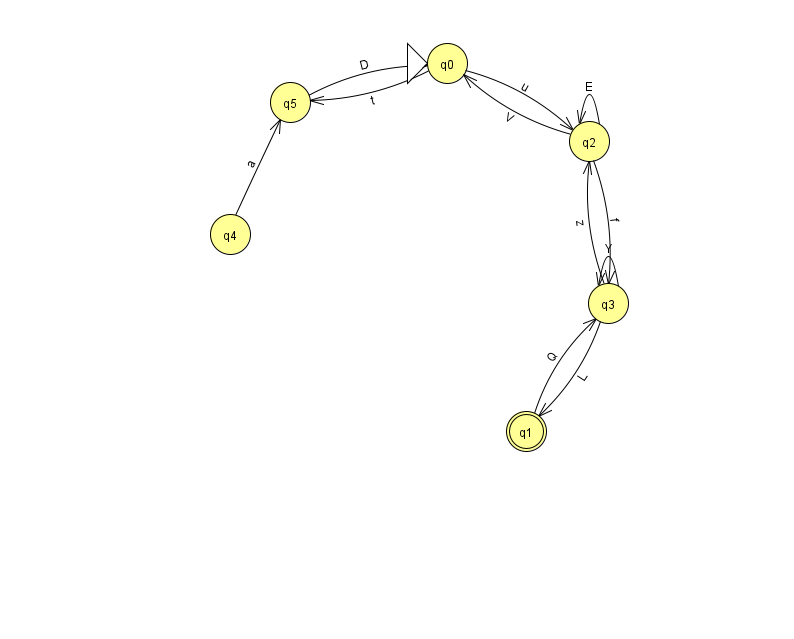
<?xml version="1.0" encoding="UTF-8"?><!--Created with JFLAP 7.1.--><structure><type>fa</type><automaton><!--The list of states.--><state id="0" name="q0"><x>447.0</x><y>50.0</y><initial/></state><state id="1" name="q1"><x>526.0</x><y>418.0</y><final/></state><state id="2" name="q2"><x>589.0</x><y>128.0</y></state><state id="3" name="q3"><x>608.0</x><y>290.0</y></state><state id="4" name="q4"><x>230.0</x><y>221.0</y></state><state id="5" name="q5"><x>290.0</x><y>89.0</y></state><!--The list of transitions.--><transition><from>3</from><to>1</to><read>L</read></transition><transition><from>2</from><to>2</to><read>E</read></transition><transition><from>2</from><to>3</to><read>f</read></transition><transition><from>3</from><to>3</to><read>Y</read></transition><transition><from>0</from><to>5</to><read>t</read></transition><transition><from>3</from><to>2</to><read>z</read></transition><transition><from>5</from><to>0</to><read>D</read></transition><transition><from>0</from><to>2</to><read>u</read></transition><transition><from>1</from><to>3</to><read>Q</read></transition><transition><from>2</from><to>0</to><read>V</read></transition><transition><from>4</from><to>5</to><read>a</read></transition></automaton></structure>